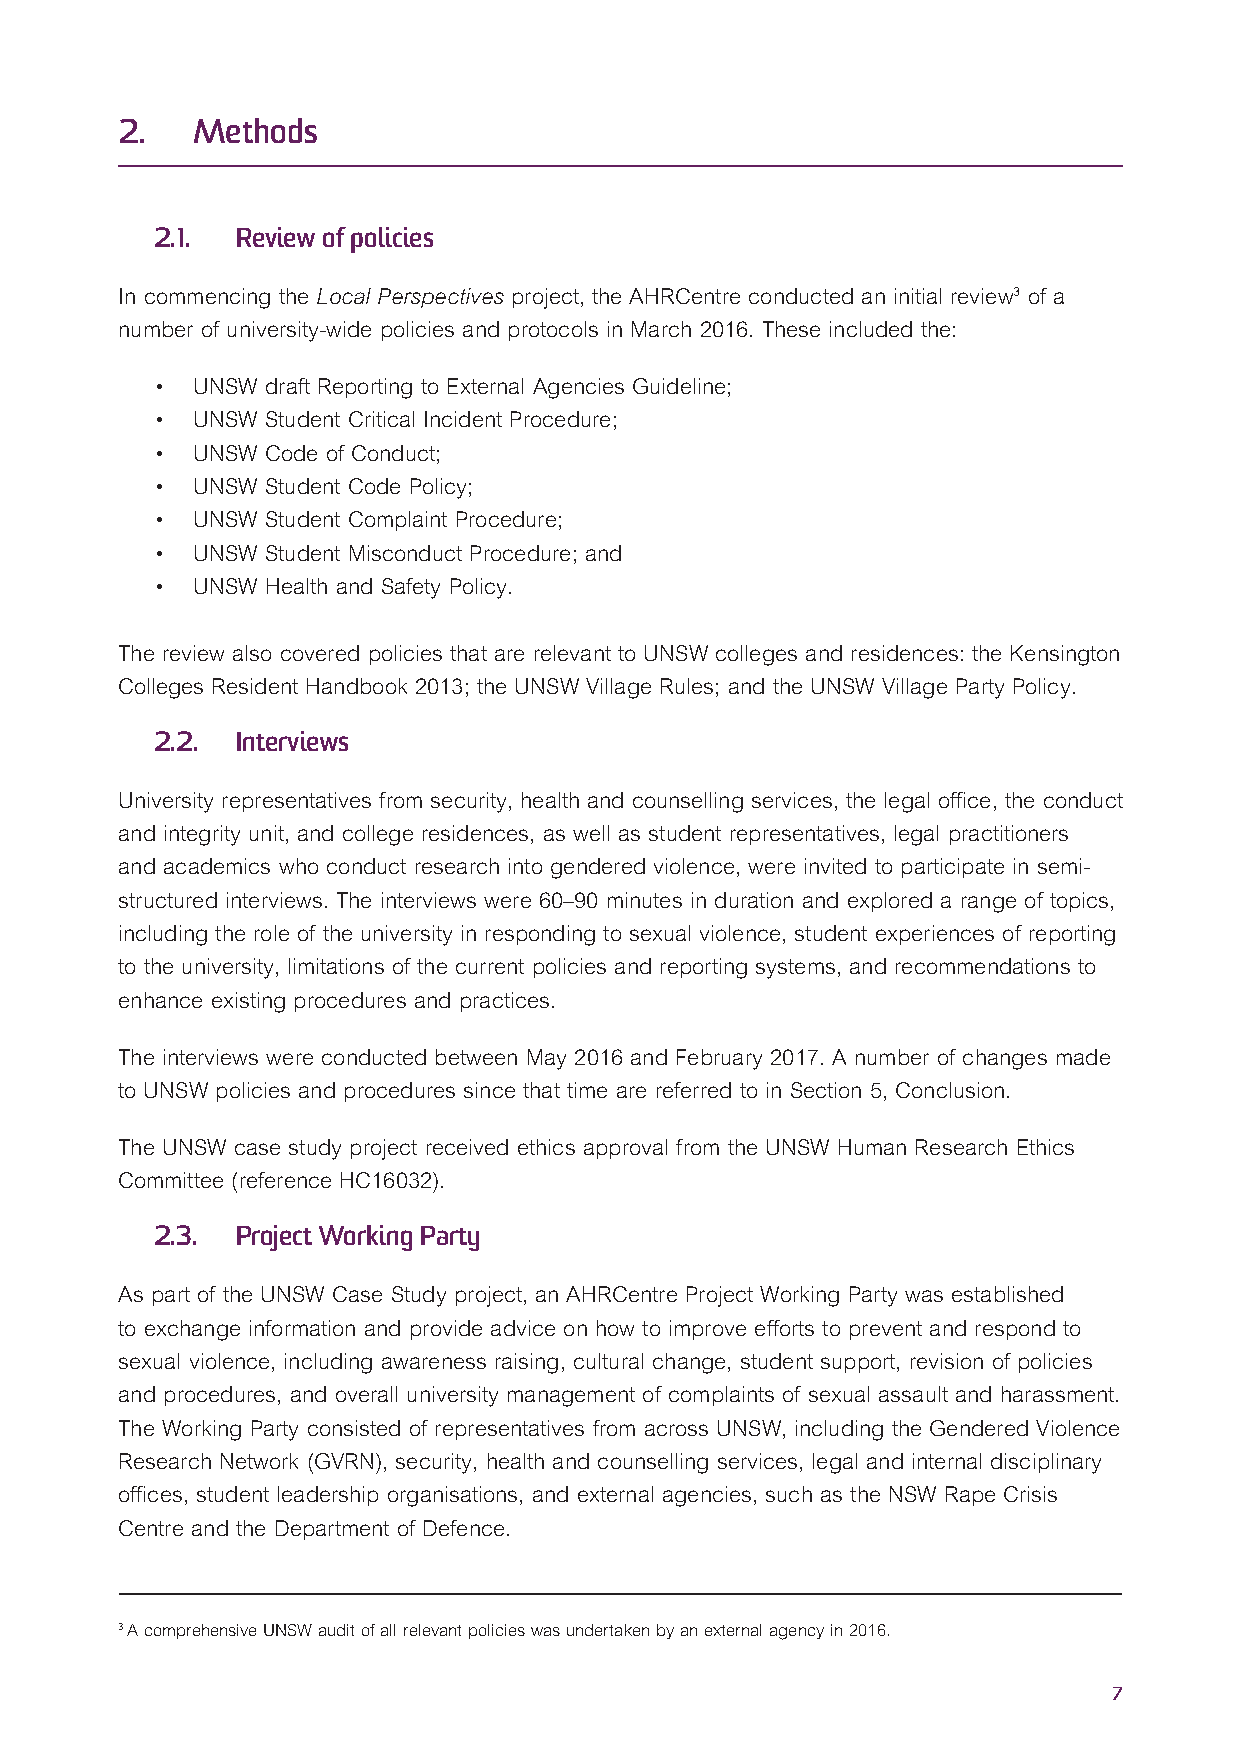
2.   Methods
 2.1.  Review of policies
 In commencing the Local Perspectives project, the AHRCentre conducted an initial review3 of a
 number of university-wide policies and protocols in March 2016. These included the:
 •  UNSW draft Reporting to External Agencies Guideline;
 •  UNSW Student Critical Incident Procedure;
 •  UNSW Code of Conduct;
 •  UNSW Student Code Policy;
 •  UNSW Student Complaint Procedure;
 •  UNSW Student Misconduct Procedure; and
 •  UNSW Health and Safety Policy.
 The review also covered policies that are relevant to UNSW colleges and residences: the Kensington
 Colleges Resident Handbook 2013; the UNSW Village Rules; and the UNSW Village Party Policy.
 2.2.  Interviews
 University representatives from security, health and counselling services, the legal office, the conduct
 and integrity unit, and college residences, as well as student representatives, legal practitioners
 and academics who conduct research into gendered violence, were invited to participate in semi-
 structured interviews. The interviews were 60–90 minutes in duration and explored a range of topics,
 including the role of the university in responding to sexual violence, student experiences of reporting
 to the university, limitations of the current policies and reporting systems, and recommendations to
 enhance existing procedures and practices.
 The interviews were conducted between May 2016 and February 2017. A number of changes made
 to UNSW policies and procedures since that time are referred to in Section 5, Conclusion.
 The UNSW case study project received ethics approval from the UNSW Human Research Ethics
 Committee (reference HC16032).
 2.3.  Project Working Party
 As part of the UNSW Case Study project, an AHRCentre Project Working Party was established
 to exchange information and provide advice on how to improve efforts to prevent and respond to
 sexual violence, including awareness raising, cultural change, student support, revision of policies
 and procedures, and overall university management of complaints of sexual assault and harassment.
 The Working Party consisted of representatives from across UNSW, including the Gendered Violence
 Research Network (GVRN), security, health and counselling services, legal and internal disciplinary
 offices, student leadership organisations, and external agencies, such as the NSW Rape Crisis
 Centre and the Department of Defence.
 3 A comprehensive UNSW audit of all relevant policies was undertaken by an external agency in 2016.
 7